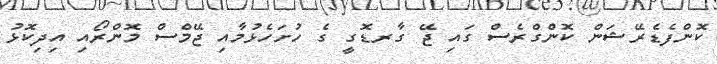
ކޮންފެޑެރޭޝަން ކޮންގްރެސް ގައި ޖޭ ގާރޑޮގީ ގެ ހުށަހެޅުމާއި ޖޭމްސް މޮންރޯއި އިދިކޮޅު